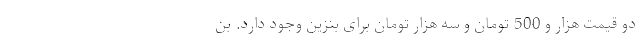
دو قیمت هزار و 500 تومان و سه هزار تومان برای بنزین وجود دارد. بن